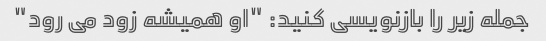
جمله زیر را بازنویسی کنید: "او همیشه زود می رود"